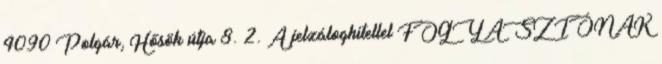
4090 Polgár, Hősök útja 8. 2. A jelzáloghitellel FOGYASZTÓNAK